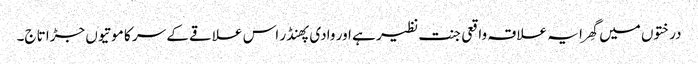
درختوں میں گھِرا یہ علاقہ واقعی جنت نظیر ہے اور وادی پھنڈر اس علاقے کے سر کا موتیوں جڑا تاج۔